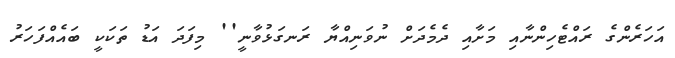
އަހަރެންގެ ރައްޓެހިންނާއި މަށާއި ދެމެދަށް ނުވަނިއްޔާ ރަނގަޅުވާނީ'' މިފަދަ އަޑު ތަކަކީ ބައެއްފަހަރު